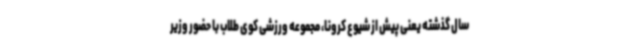
سال گذشته یعنی پیش از شیوع کرونا، مجموعه ورزشی کوی طلاب با حضور وزیر